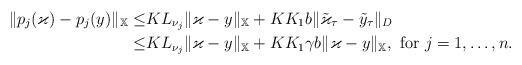
LaTeX: \begin{align*}\|p_{j}(\varkappa)-p_{j}(y)\|_{\mathbb{X}}\le & KL_{\nu_{j}}\|\varkappa-y\|_{\mathbb{X}}+KK_{1}b\|\tilde{\varkappa}_{\tau}-\tilde{y}_{\tau}\|_{D}\\\le &KL_{\nu_{j}}\|\varkappa-y\|_{\mathbb{X}}+KK_{1}\gamma b\|\varkappa-y\|_{\mathbb{X}},\ \mbox{for}\ j=1,\ldots,n.\end{align*}